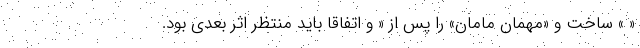
« » ساخت و «مهمان مامان» را پس از « و اتفاقا باید منتظر اثر بعدی بود.